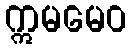
ဣမမေဝ